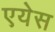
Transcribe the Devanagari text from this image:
एयेस